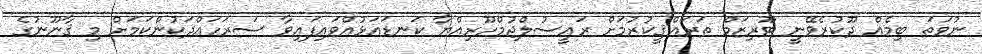
ނުވަތަ ބިމެއް ދޫކުރެވޭނީ ޓޫރިޒަމް ތަރައްޤީކުރުމަށް ރައީސުލްޖުމްހޫރިއްޔާ ކަނޑައަޅުއްވައިފައިވާ ސަރަހައްދަކުންކަމަށް މި ޤާނޫނުގެ